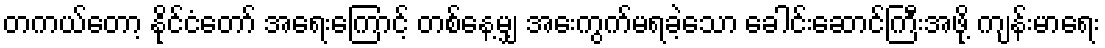
တကယ်တော့ နိုင်ငံတော် အရေးကြောင့် တစ်နေ့မျှ အေးကွက်မရခဲ့သော ခေါင်းဆောင်ကြီးအဖို့ ကျန်းမာရေး